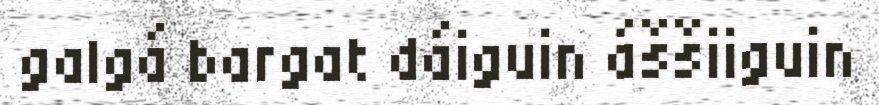
galgá bargat dáiguin áššiiguin